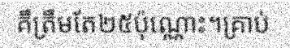
គឺត្រឹមតែ២៥ប៉ុណ្ណោះ។គ្រាប់